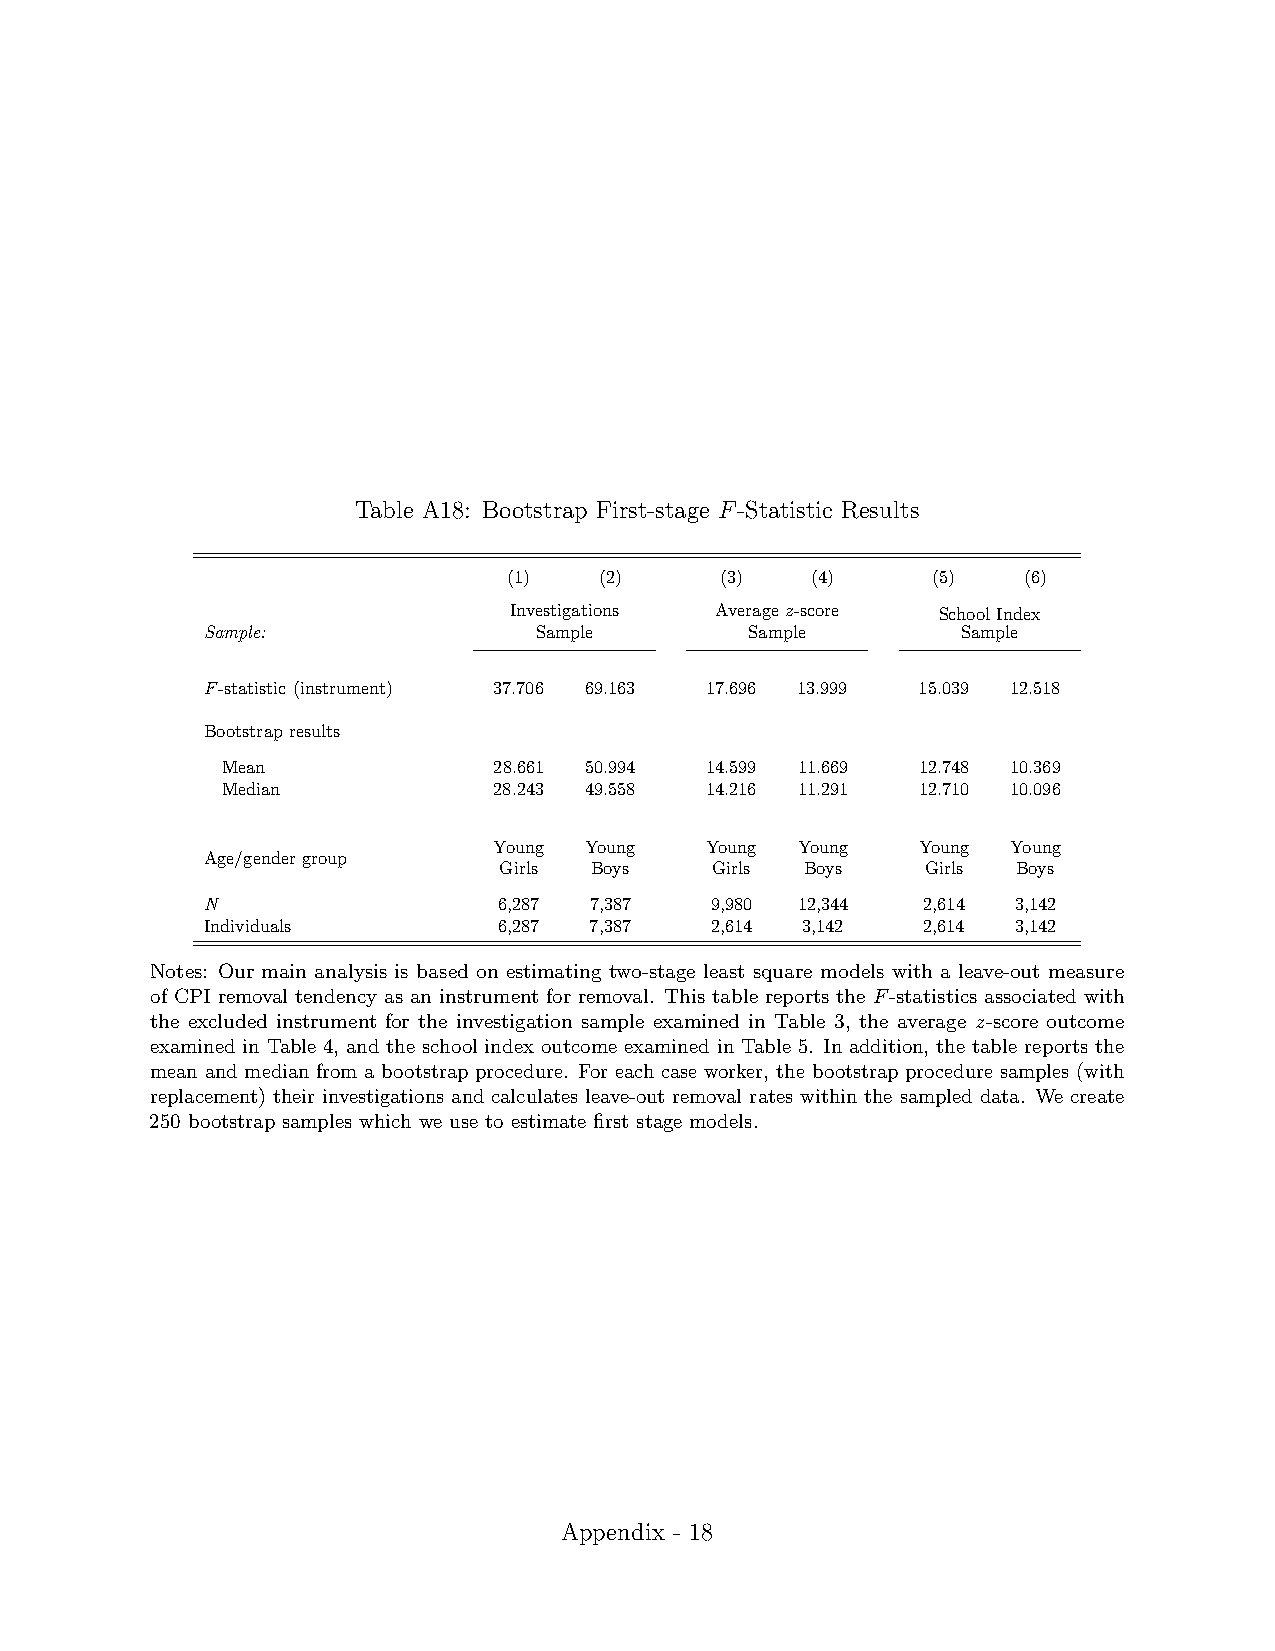
Table A18: Bootstrap First-stage F-Statistic Results
 (1)   (2)     (3)   (4)     (5)   (6)
 Investigations Averagez-score SchoolIndex
 Sample:               Sample         Sample        Sample
 F-statistic(instrument) 37.706 69.163 17.696 13.999 15.039 12.518
 Bootstrapresults
 Mean              28.661 50.994 14.599 11.669 12.748 10.369
 Median            28.243 49.558 14.216 11.291 12.710 10.096
 Young Young   Young Young   Young Young
 Age/gendergroup
 Girls Boys    Girls Boys    Girls Boys
 N                   6,287 7,387   9,980 12,344  2,614 3,142
 Individuals         6,287 7,387   2,614 3,142   2,614 3,142
 Notes: Our main analysis is based on estimating two-stage least square models with a leave-out measure
 of CPI removal tendency as an instrument for removal. This table reports the F-statistics associated with
 the excluded instrument for the investigation sample examined in Table 3, the average z-score outcome
 examined in Table 4, and the school index outcome examined in Table 5. In addition, the table reports the
 mean and median from a bootstrap procedure. For each case worker, the bootstrap procedure samples (with
 replacement) their investigations and calculates leave-out removal rates within the sampled data. We create
 250 bootstrap samples which we use to estimate first stage models.
 Appendix - 18
 1